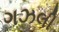
ગઝલી